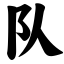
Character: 队